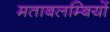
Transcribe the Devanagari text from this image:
मताबलम्बियों